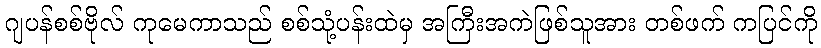
ဂျပန်စစ်ဗိုလ် ကုမေကာသည် စစ်သုံ့ပန်းထဲမှ အကြီးအကဲဖြစ်သူအား တစ်ဖက် ကပြင်ကို